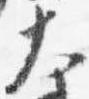
大